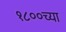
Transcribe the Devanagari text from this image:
१८००च्या